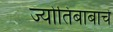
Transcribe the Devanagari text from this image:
ज्योतिबाबाचे